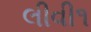
લીવી૧